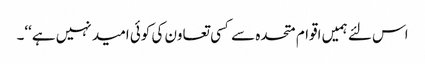
اس لئے ہمیں اقوام متحدہ سے کسی تعاون کی کوئی امید نہیں ہے‘‘۔